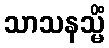
သာသနသ္မိံ